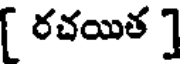
[ రచయిత ]